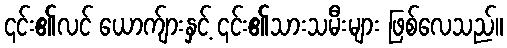
၎င်း၏လင် ယောက်ျားနှင့် ၎င်း၏သားသမီးများ ဖြစ်လေသည်။